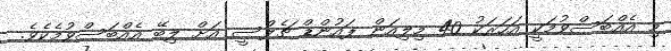
މި އެއްބަސްވުމަކީ އަހަރަކު 40 މިލިއަން ޕައުންޑް ޗެލްސީ އަށް ލިބޭ އެއްބަސްވުމެކެވެ.